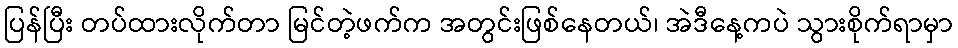
ပြန်ပြီး တပ်ထားလိုက်တာ မြင်တဲ့ဖက်က အတွင်းဖြစ်နေတယ်၊ အဲဒီနေ့ကပဲ သွားစိုက်ရာမှာ